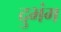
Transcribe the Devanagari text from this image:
दुभंग